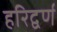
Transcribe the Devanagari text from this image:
हरिद्वर्ण